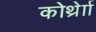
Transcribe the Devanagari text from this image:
कोर्थ्रेाा